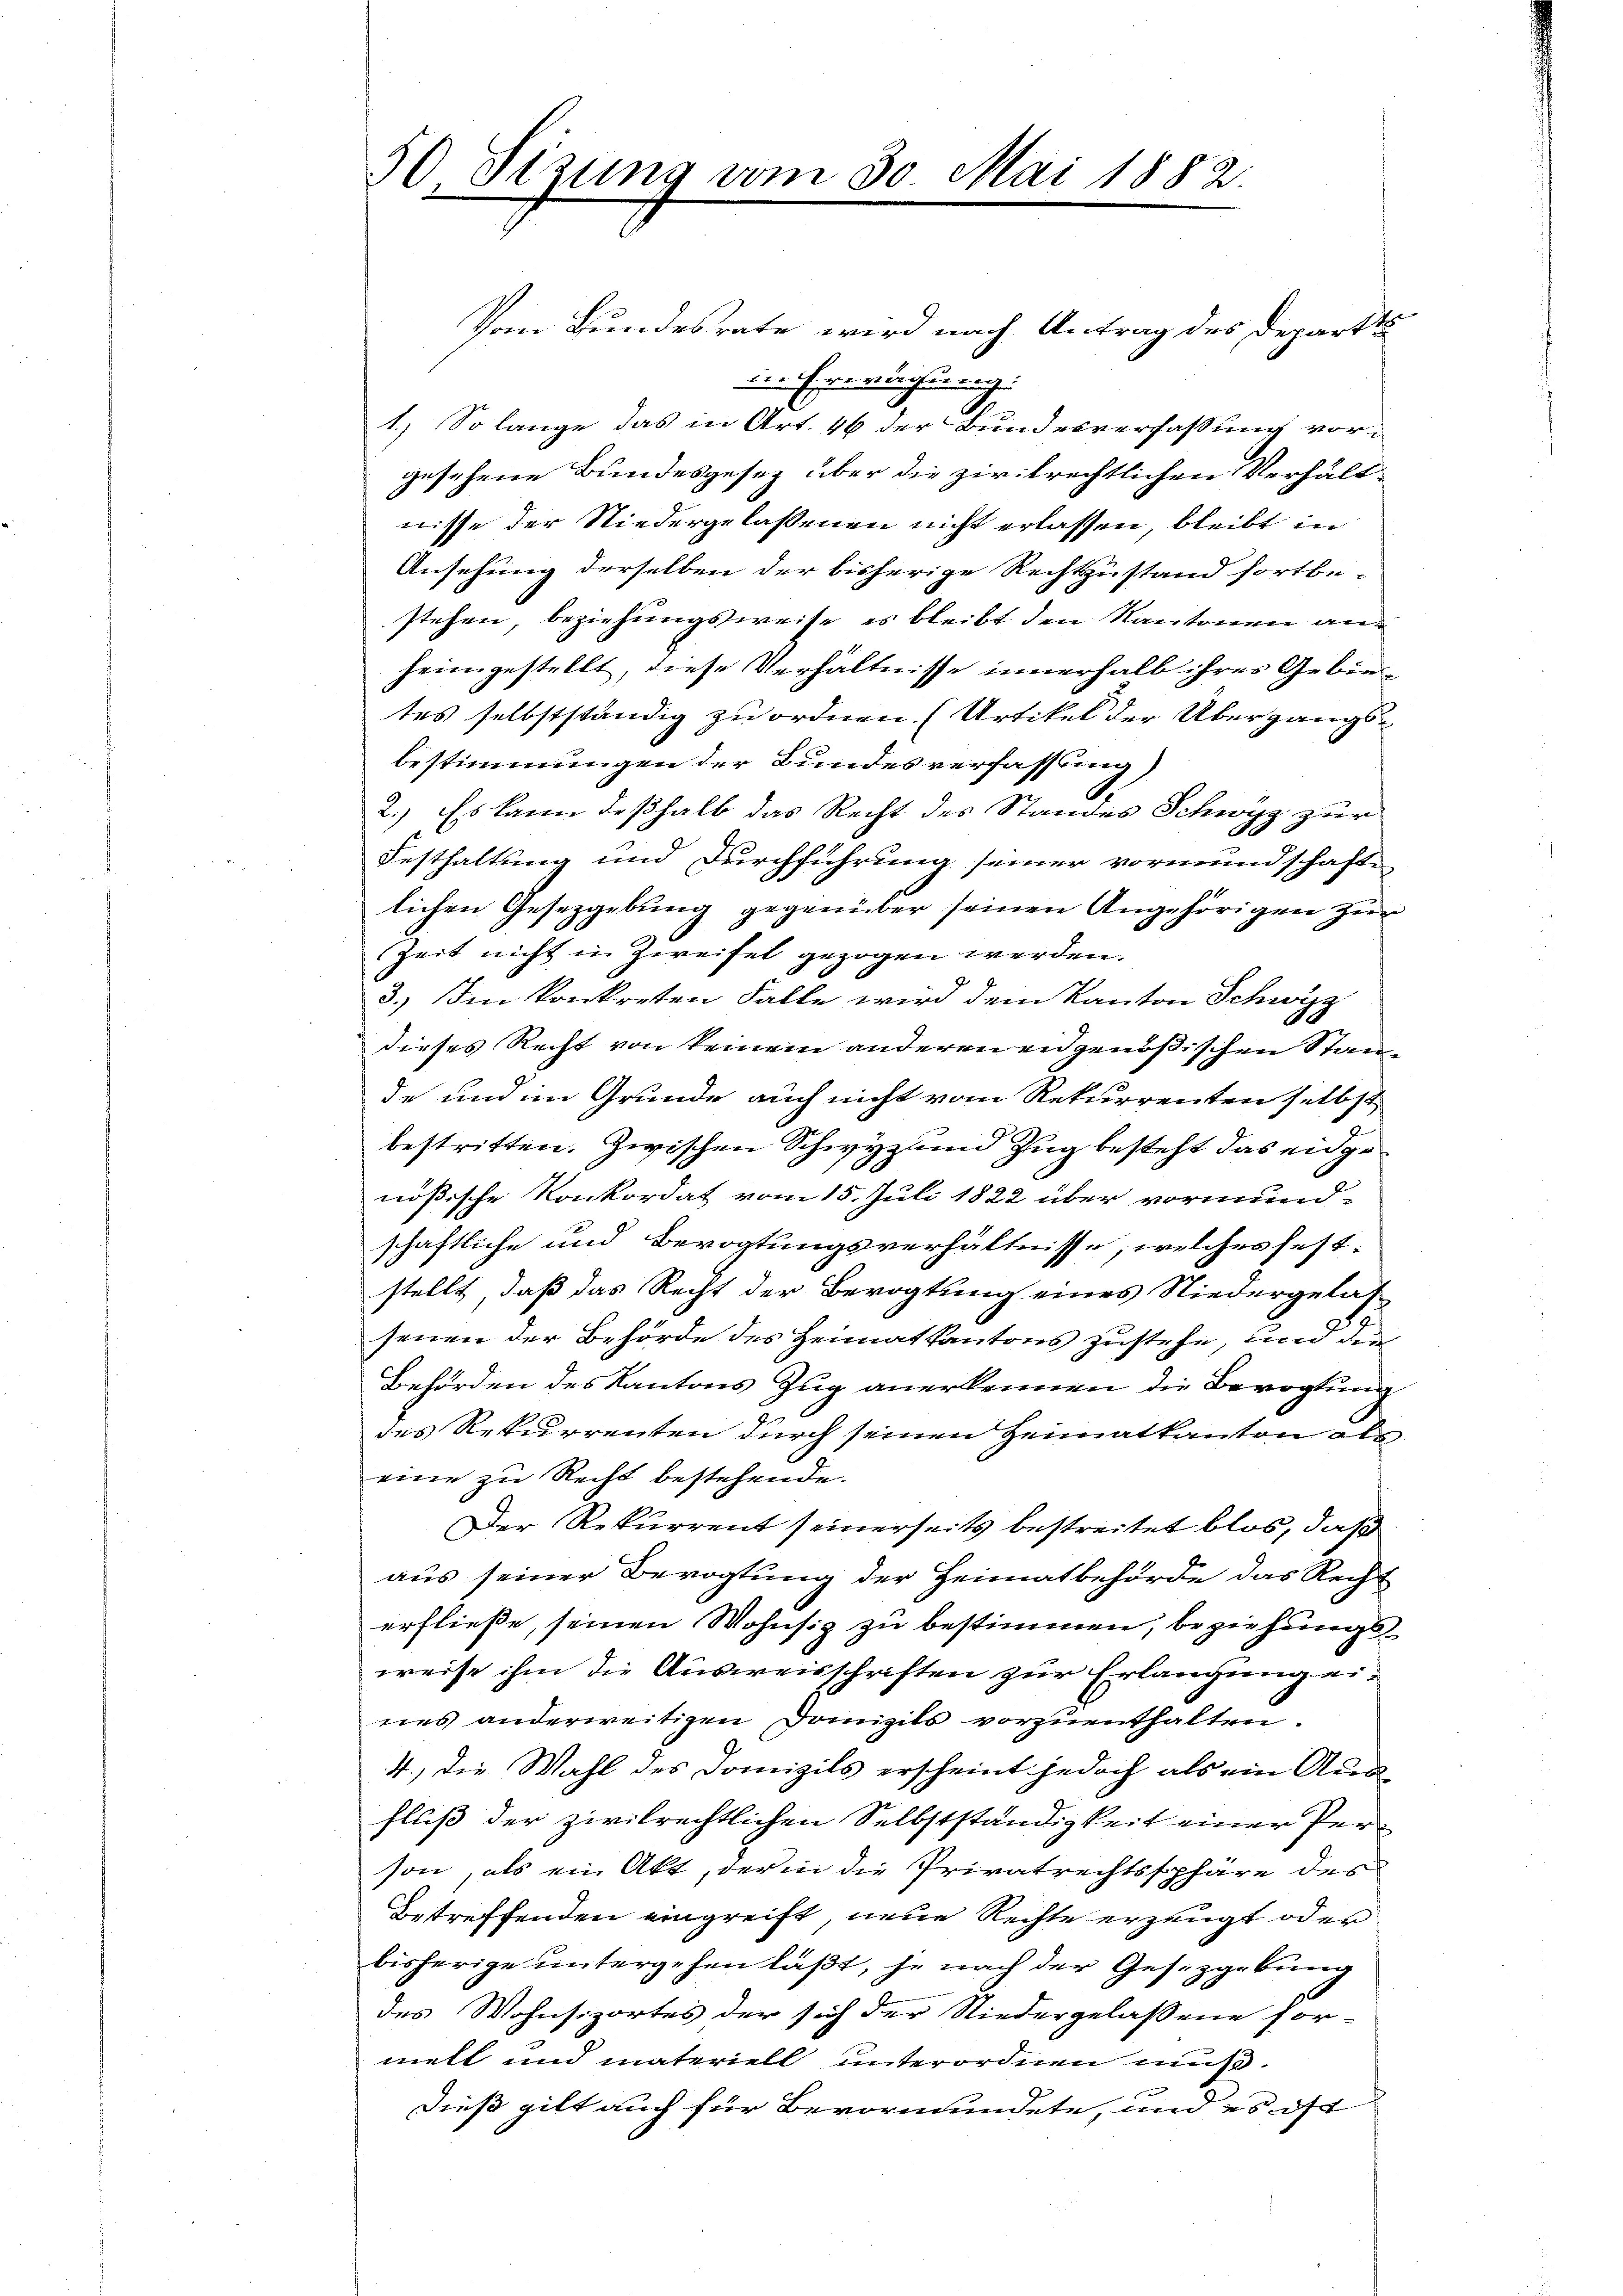
50 Sizung vom 30. Mai 1882.

Vom Bundesrate wird nach Antrag des Departi
in Erwägung:
6
1.) So lange das in Art. 46 der Bundesverfassung vor-
gesehene Bundesgesetz über die zivilrechtlichen Verhältwisse der Niedergelassenen nicht erlassen, bleibt in
Ansehung derselben der bisherige Rechtzustand fortbe-
stehen, beziehungsweise es bleibt den Kantonen anheimgestellt, diese Verhältnisse innerhalb ihres Gebie
tes selbstständig zu ordnen. (Urtikel der Übergangsbestimmungen der Bundesverfassung)
2.) Es kann deßhalb das Recht des Standes Schwyz zur
Festhaltung und Durchführung seiner vormundschafte
lichen Gesetzgebung gegenüber seinen Angehörigen zur
.
Zeit nicht in Zweifel gezogen werden.
3.) Im konkreten Falle wird dem Kanton Schwyz
dieses Recht von keinem anderen eidgenößischen Staade und im Grunde auch nicht vom Rekurrenten selbst
bestritten. Zwischen Schwyz und Zug besteht das eidgenößische Konkordat vom 15. Juli 1822 über vormund-
schaftliche und Bevogtungsverhältnisse, welcher feststellt, daß das Recht der Bevogtung eines Niedergelas-
senen der Behörde des Heimatkantons zustehe, und den
Behörden des Kantons Zug anerkennen die Bevogtung
des Rekurrenten durch seinen Heimatkanton als
eine zu Recht bestehende.
Der Rekurrent seinerseits bestreitet blos, daß
aus seiner Bevogtung der Heimatbehörde das Recht
erfließe, seinen Wohnsiz zu bestimmen, beziehungs
weise ihm die Ausweisschriften zur Erlangung ei-
nes anderweitigen Domizils vorzuenthalten.
4., die Wahl des Domizils erscheint jedoch als ein Aus-
fluß der zivilrechtlichen Selbstständigkeit einer Person, als ein Akt, der in die Privatrechtssphäre der
betreffenden eingreift, neue Rechte erzeugt oder
bisherige untergehen laßt, je nach der Gesetzgebung
des Wohnsizortes der sich der Niedergelassene For-
melt und materiell unterordnen muß.
Dieß gilt auch für Bevormundete, und es ist